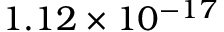
1 . 1 2 \times 1 0 ^ { - 1 7 }